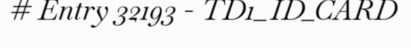
# Entry 32193 - TD1_ID_CARD